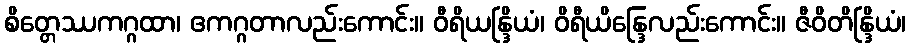
စိတ္တေဿကဂ္ဂထာ၊ ဧကဂ္ဂတာလည်းကောင်း။ ဝီရိယန္ဒြိယံ၊ ဝိရီယိန္ဒြေလည်းကောင်း။ ဇီဝိတိန္ဒြိယံ၊